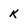
Character: K